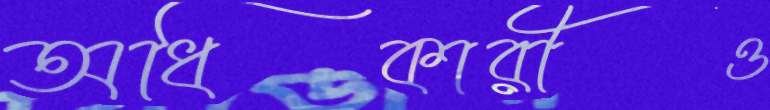
অধিকারীও